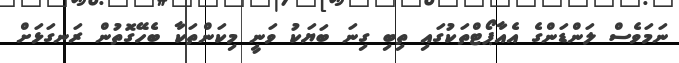
ނަމަވެސް ލަންޑަންގެ އެއާޕޯޓްތަކުގައި ތިބި ގިނަ ބަޔަކު ވަނީ މިކަންތަކާ ބެހޭގޮތުން ރަނގަޅަށް